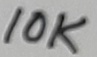
Text: 10K